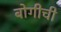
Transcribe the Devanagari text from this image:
बोगीची